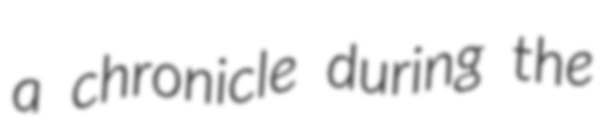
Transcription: a chronicle during the